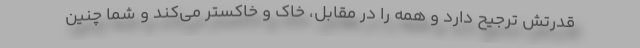
قدرتش ترجیح دارد و همه را در مقابل، خاک و خاکستر می‌کند و شما چنین